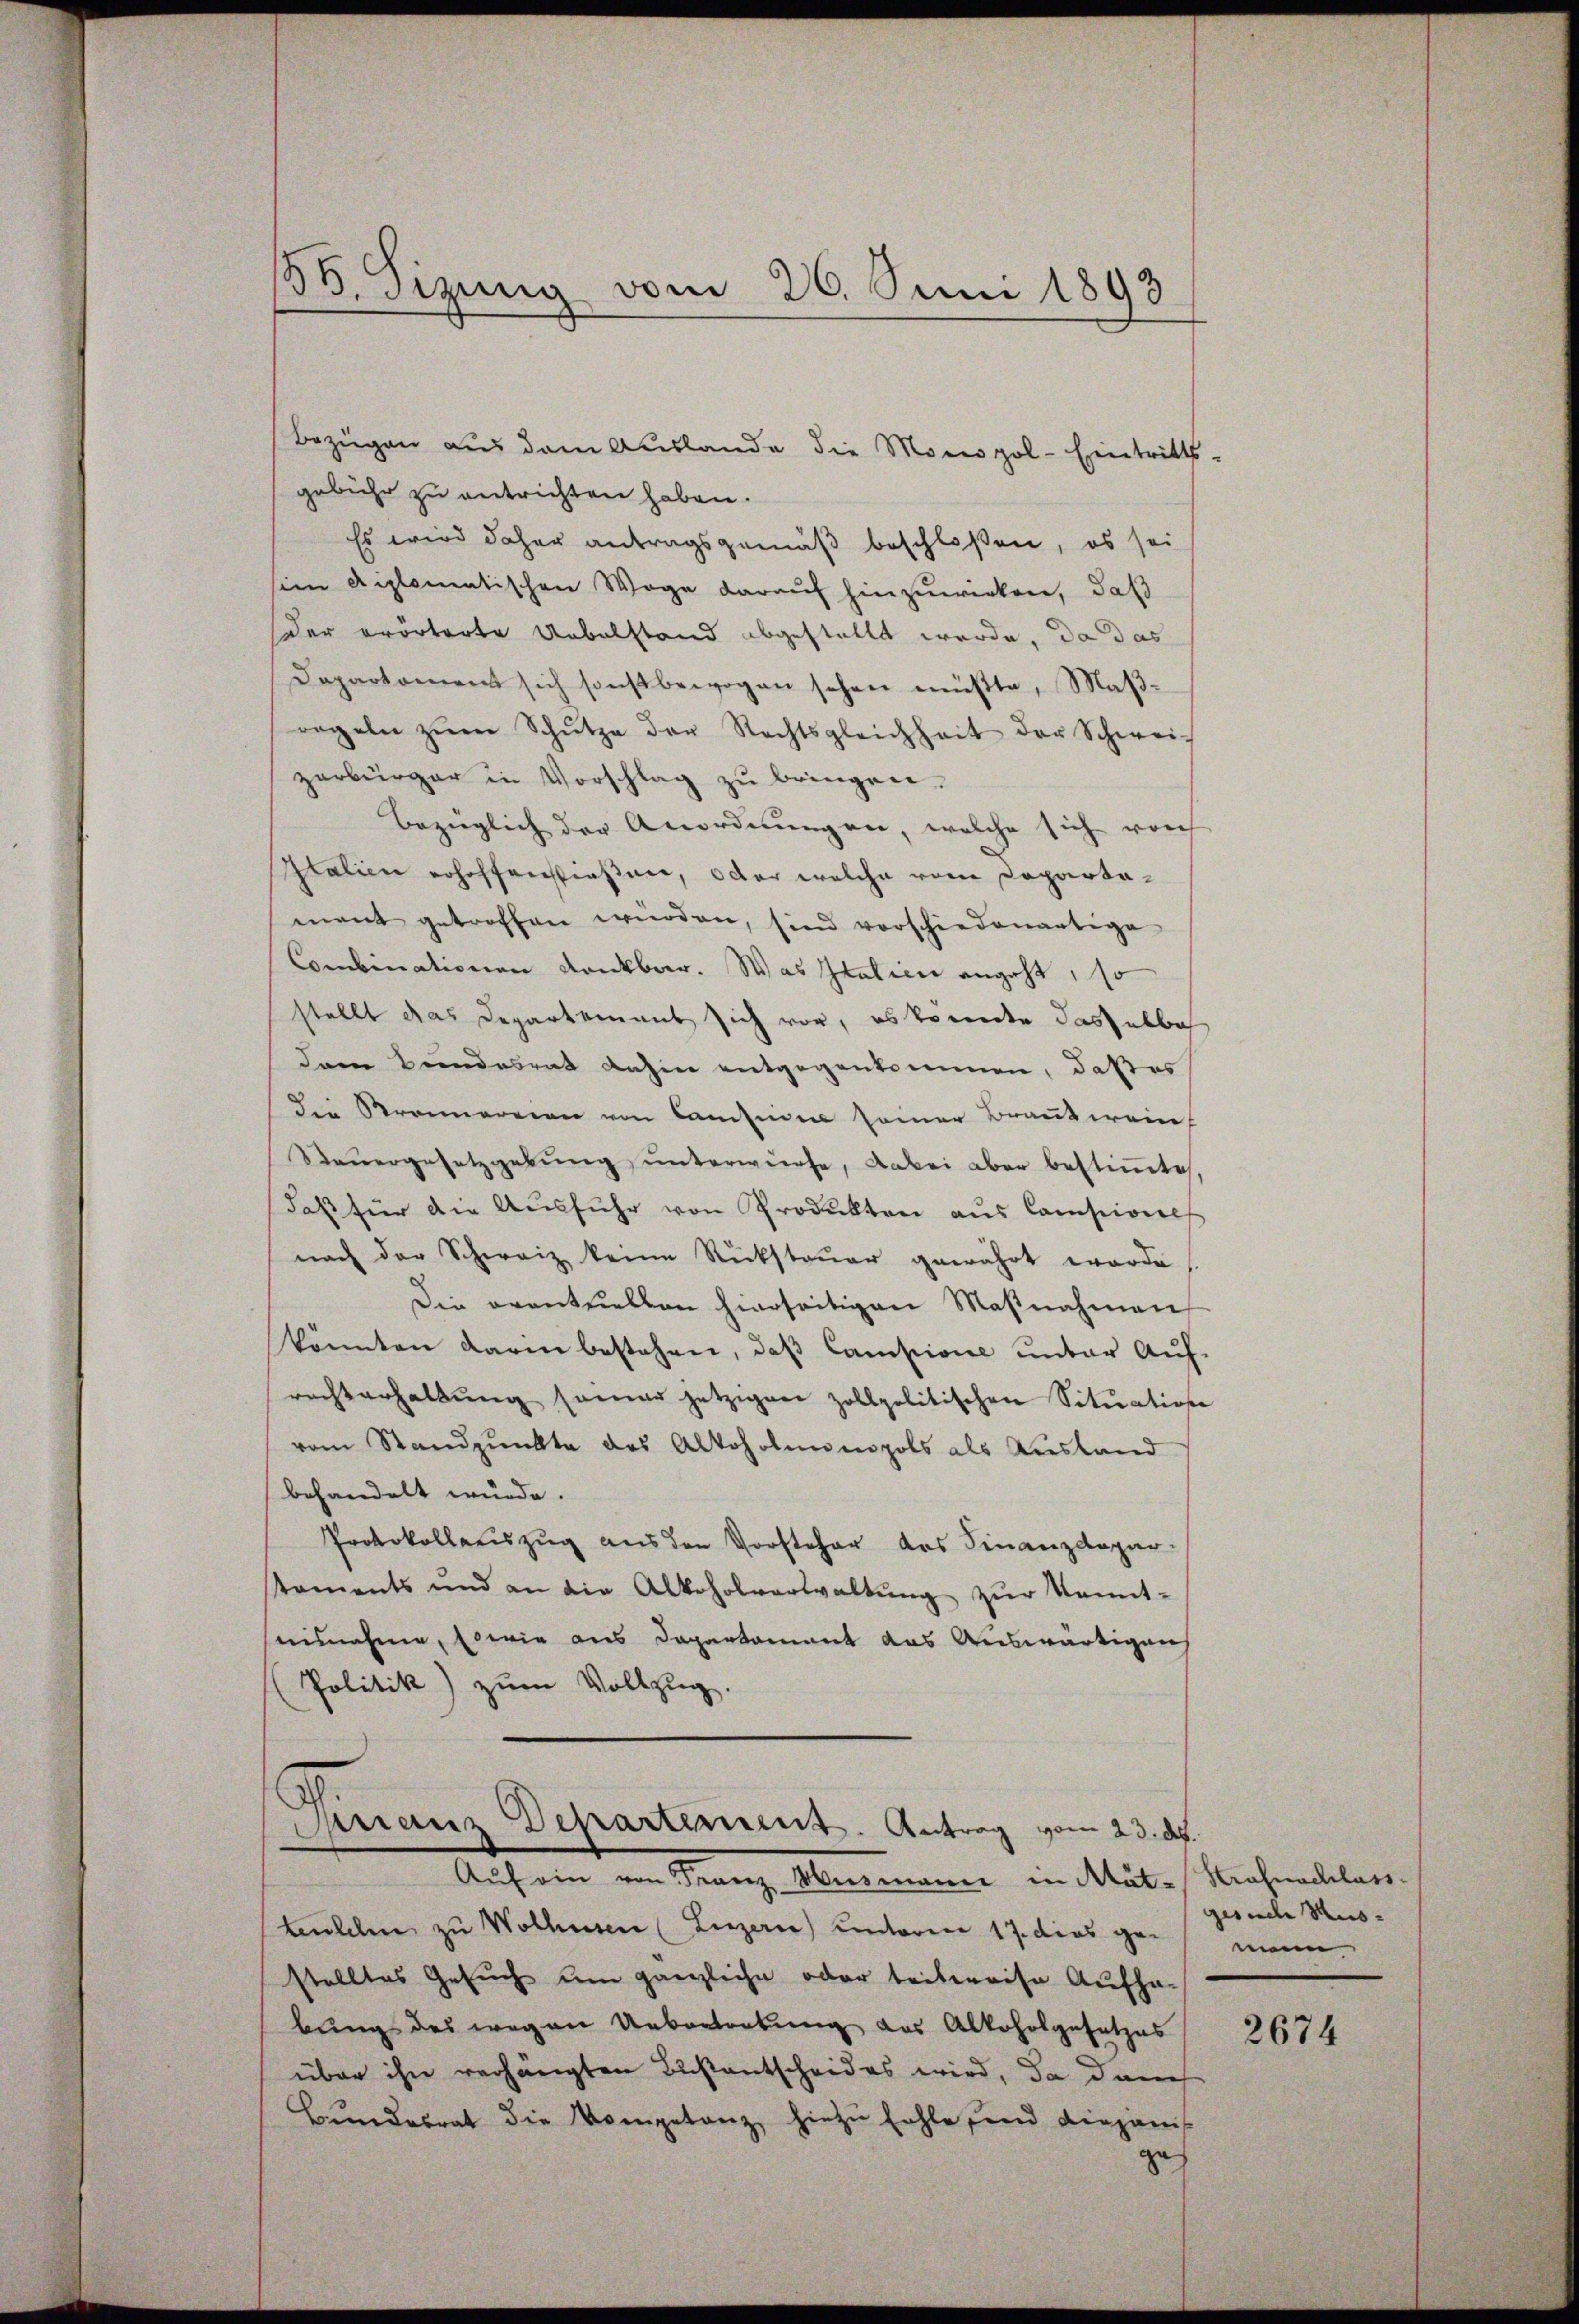
)
30. Sizung vom 26. Juni 1893

Bezügen aus dem Auslande die Monopol-Eintritts-
gebühr zu entrichten haben.
Es wird daher antragsgemäß beschloßen, es sei
im diplomatischen Wege darauf hinzuwirken, daß
Der erörterte Uebelstand abgestellt werde, da das
Daparkoment sich sonst bewogen sehen müßte, Maβ-
regeln zŭm Schŭtze der Rechtsgleichheit der Schwei-
zerbürger in Vorschlag zu bringen.
Bezüglich der Anordnungen, welche sich von
Italien erhoffenstießen, oder welche vom Departamant getroffen würden, sind vorschiedenartige
Combinationen dankbar. Was Italien angeht, so
stellt das Departement sich vor, es konnte das abbah
dann Bundesrat dahin entgegenkommen, daß es
Die Brennereien von Considen seiner Brautwein
Steŭergesetzgebung unterwürfe, dabei aber bestimmtes,
daβ für die Aŭsführ von Produkten aŭs Campione
nach der Schweiz keine Rückstauer gewährt worde
Die eventuellen hierseitigen Maßnahmen
könnten darin bestehen, daß Campione unter Auf-
rechterhaltŭng sonar jetzigen zollpolitischen Situation
vom Standpunkte des Alkoholmnmpols als Ausland
behandelt würde.
Protokollauszug aus den Vorsteher des Finanzdepar-
taments und an die Alkoholverwaltŭng zŭr Kennt-
aisnahme, sowie aus Departement das Auswärtigen
Politik) zŭm Vollzug.

Finanz Departement. Antrag vom 23. des

Aŭf ein von Franz Musmann in Mät-Strafnachlass
tenlehen zu Wolhusen (Luzern) unterere 17. dies gestelltes Gesuch um gänzliche oder teilweise Aufha-
bung des wegen Uebertretung des Alkoholgesetzes
über ihn verhängten Bestantscheides wird, da dann
Bundesrat die Kompetanz hiezu fehle und Diepanis
ges

gesuche Musmein

2674